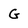
Character: G